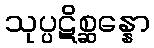
သုပ္ပဋိစ္ဆန္နော